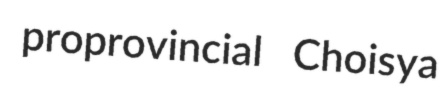
proprovincial Choisya